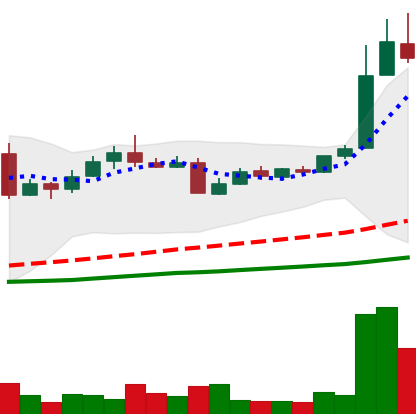
Ticker: LTC-USD
Chart end date: 2016-05-29
Forward return: 5.453%
Label: up_5_7